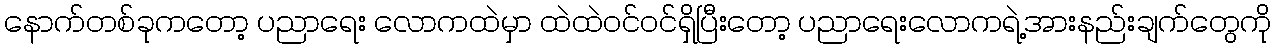
နောက်တစ်ခုကတော့ ပညာရေး လောကထဲမှာ ထဲထဲဝင်ဝင်ရှိပြီးတော့ ပညာရေးလောကရဲ့အားနည်းချက်တွေကို